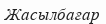
Жасылбағар